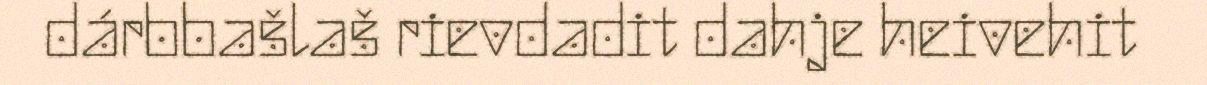
dárbbašlaš rievdadit dahje heivehit